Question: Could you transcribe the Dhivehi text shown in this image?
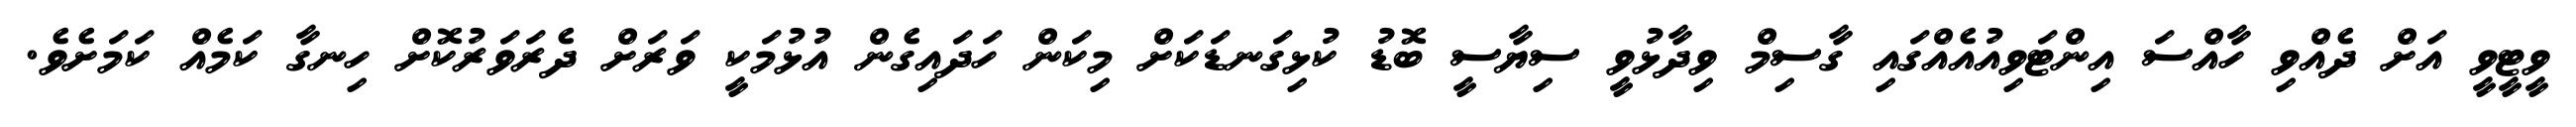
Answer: ވީޓީވީ އަށް ދެއްވި ހާއްސަ އިންޓަވިއުއެއްގައި ގާސިމް ވިދާޅުވީ ސިޔާސީ ބޮޑު ކުޅިގަނޑަކަށް މިކަން ހަދައިގެން އުޅުމަކީ ވަރަށް ދެރަވަރުކޮށް ހިނގާ ކަމެއް ކަމަށެވެ.